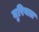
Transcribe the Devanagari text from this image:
मुरियल